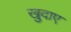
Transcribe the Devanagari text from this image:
खुदाए